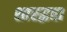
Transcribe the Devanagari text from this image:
शारद्धता